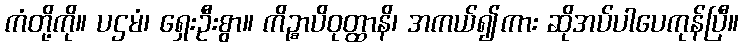
ကံတို့ကို။ ပဌမံ၊ ရှေးဦးစွာ။ ကိဉ္စာပိဝုတ္ထာနိ၊ အကယ်၍ကား ဆိုအပ်ပါပေကုန်ပြီ။